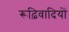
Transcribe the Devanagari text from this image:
रूढ़िवादियों